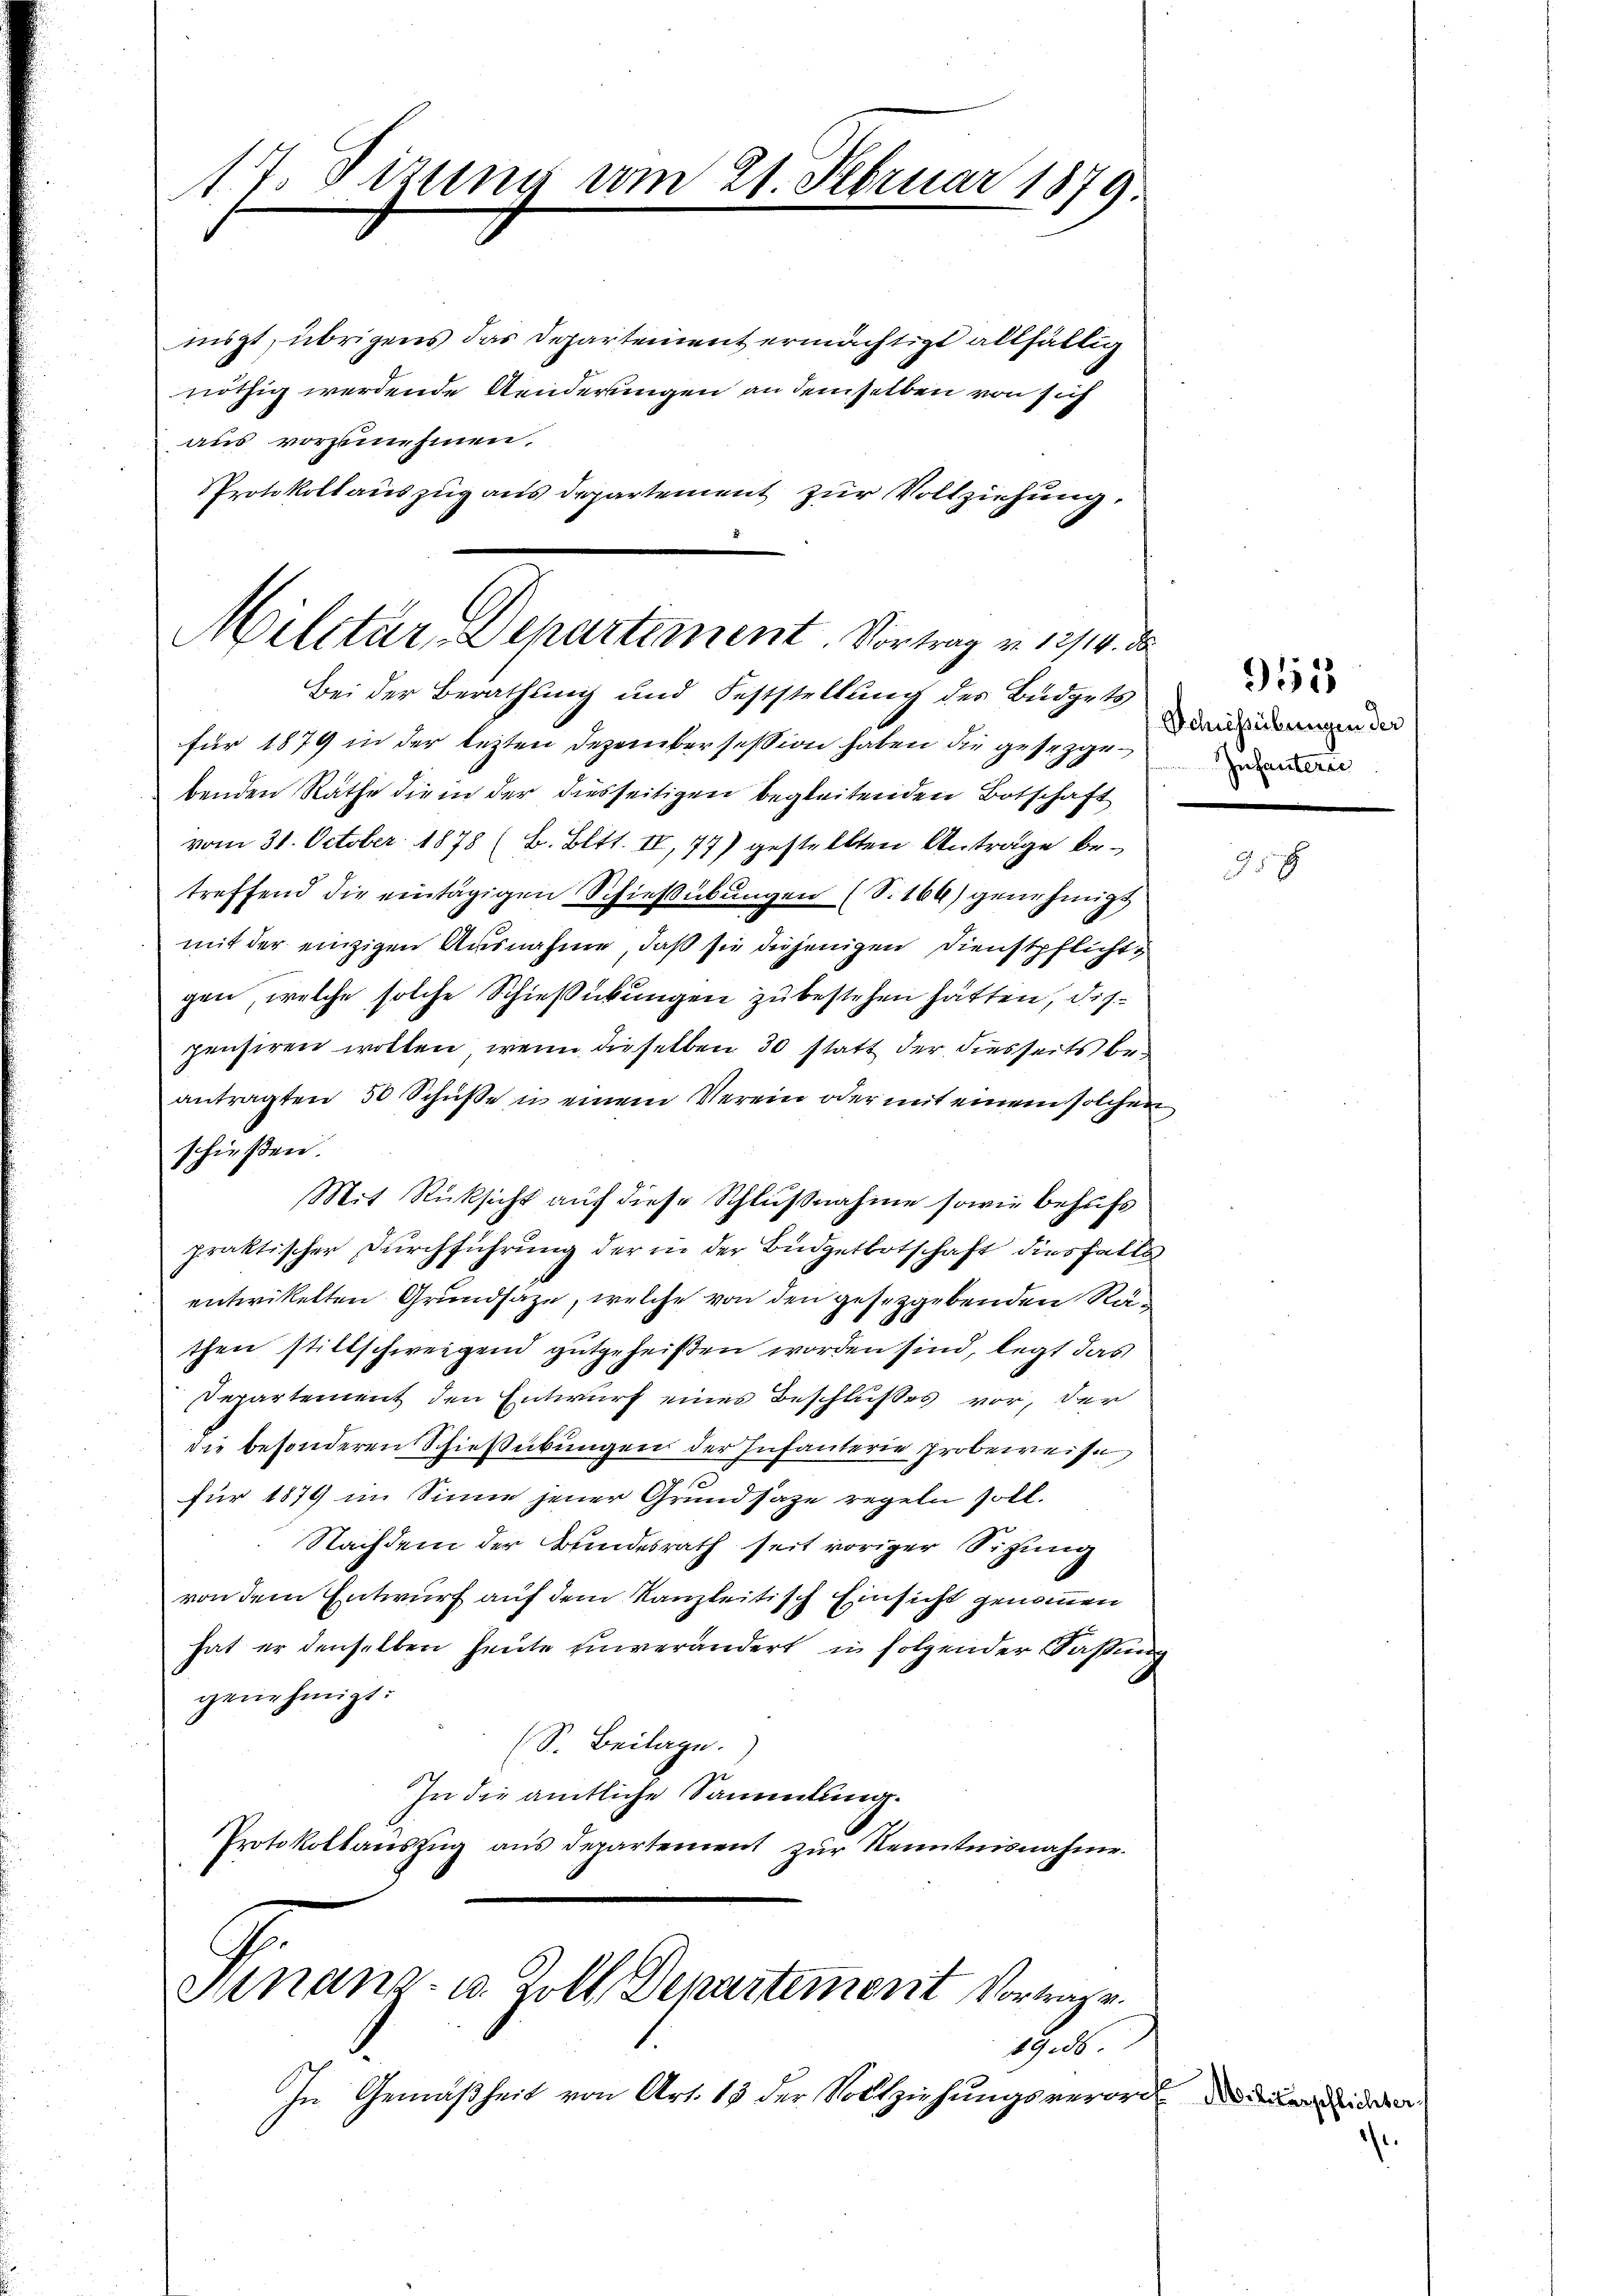
17. Fizung vom 21. Februar 1879.

misst, übrigens das Departement ermächtigt allfällig
nöthig werdende Aenderungen an demselben von sich
aus vorzunehmen.
PProtokollauszug aus departement zur Vollziehung.

Militar Departement. Vortrag v. 1214. d
Bei der Berathung und Feststellung des Budgets

für 1879 in der lezten Dezember session haben die gesetzgebenden Räthe die in der diesseitigen begleitenden Botschaft
vom 31. October 1878 (B. Bett. II, 77) gestellten Anträge betreffend die eintägigen Schießübungen (S. 169) genehmigt
mit der einzigen Ausnahme, daß sie diejenigen Dienstpflichtgen, welche solche Schießickungen zu bestehen hätten, diepensiren wollen, wenn dieselben 30 statt der diesseits beantragten 50 Schüsse in einem Verein oder mit einem solchen
schießen.
Mit Rücksicht auf diese Schlußnahme sowie behufs
praktischer Durchführung der in der Büdgetbotschaft diesfalls
entwickelten Grundsaze, welche von den gesetzgebenden Räthen stillschweigend gutgeheißen worden sind, legt das
Derartement den Entwurf eines Beschlußes vor, der
die besonderen Schießübungen der Infanterie Probeweise
f
für 1874 im Sinne jener Grundsaze regeln soll.
Nachdem der Bundesrath seit voriger Sitzung
von dem Entwurf auf dem Kanzleitisch Einsicht genommen
hat er denselben heute unverändert in folgender Faßung
genehmigt:
(S. Beilage.
In die amtliche Sammlung.
Protokollaŭszŭg aŭs departement zŭr Kenntnisnahme.

Ninanz- u. Zoll Departement Vortrage.

Sub.
In Gemäßheit von Art. 13 der Vollziehungsverord- oder den

951
Schiessübungen der
Infanterie